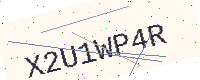
Text: X2U1WP4R